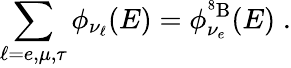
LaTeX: \sum_{\ell=e,\mu,\tau}\phi_{\nu_{\ell}}(E)=\phi_{\nu_{e}}^{^8\mathrm{B}}(E)\; .